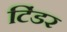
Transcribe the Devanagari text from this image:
टिंडर